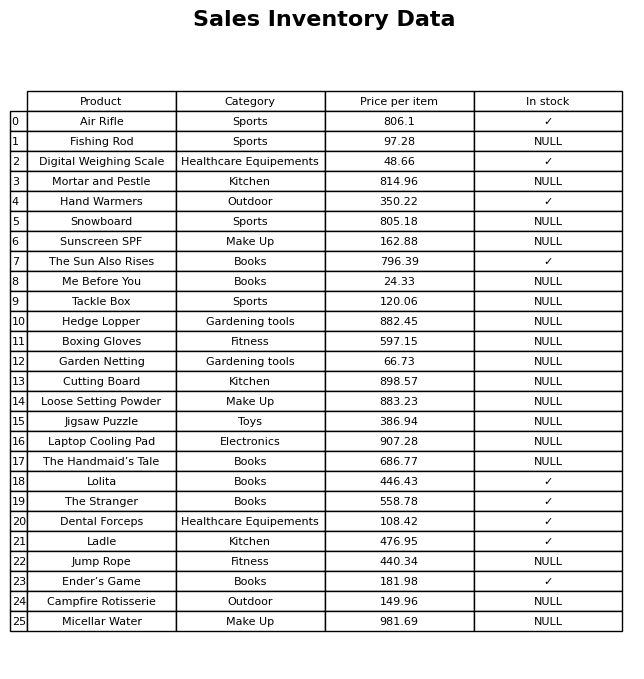
question: Is the Cutting Board in stock?
answer: NULL